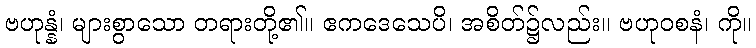
ဗဟုန္နံ၊ များစွာသော တရားတို့၏။ ဧကဒေသေပိ၊ အစိတ်၌လည်း။ ဗဟုဝစနံ၊ ကို။